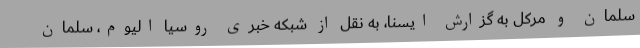
سلمان و مرکل به گزارش ایسنا، به نقل از شبکه خبری روسیا الیوم، سلمان